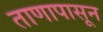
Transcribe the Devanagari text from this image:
ताणापासून